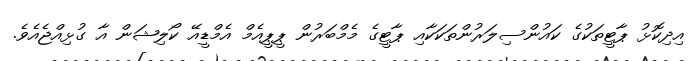
އިދިކޮޅު ޕާޓީތަކުގެ ކައުންސިލަރުންތަކަކާއި ޕާޓީގެ މެމްބަރުން ޕީޕީއެމް އެމްޑީއޭ ކޯލިޝަން އާ ގުޅިއްޖެއެވެ.